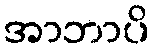
အာဘာပိ